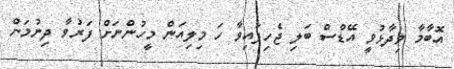
އޮބާމާ ވިދާޅުވީ އޭޑްސް ބަލި ޖެހިފައިވާ ހަ މިލިއަން މީހުންނަށް ފަރުވާ ދިނުމަށް